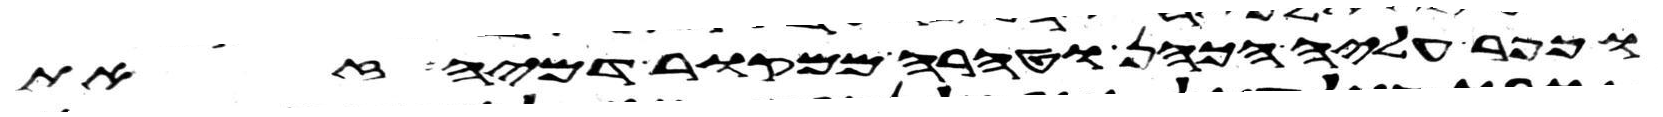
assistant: וכפר עליה הכהן וטהרה ממקור דמיה זאת